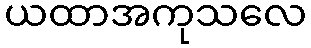
ယထာအကုသလေ